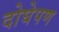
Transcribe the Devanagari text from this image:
दोघेपण